Scottish Leaving Certificate Examination, 1959
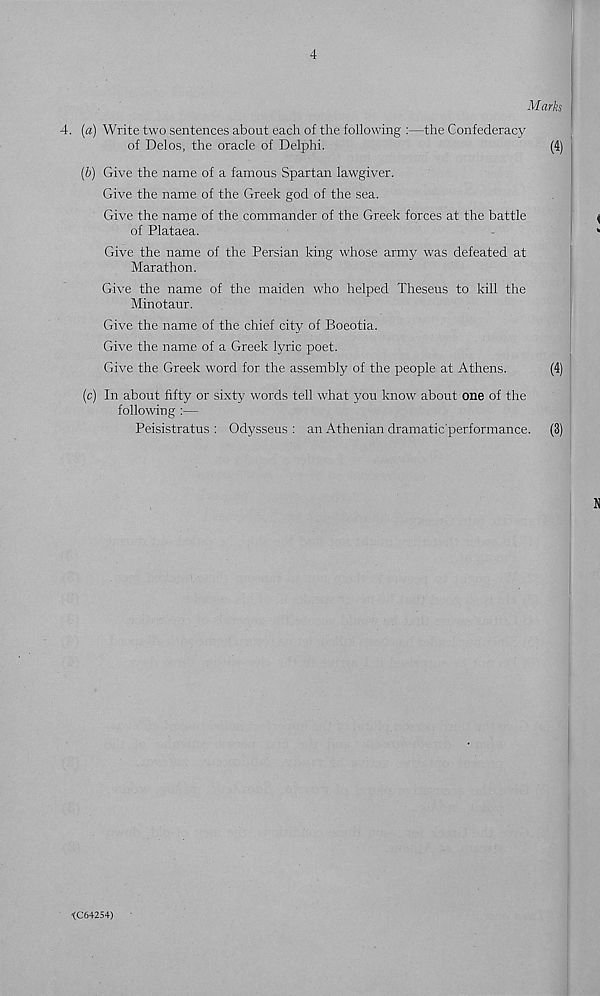
4
Marks
. (a) Write two sentences about each of the following :—the Confederacy
of Delos, the oracle of Delphi.
(4)
(b) Give the name of a famous Spartan lawgiver.
Give the name of the Greek god of the sea.
Give the name of the commander of the Greek forces at the battle
of Plataea.
Give the name of the Persian king whose army was defeated at
Marathon.
Give the name of the maiden who helped Theseus to kill the
Minotaur.
Give the name of the chief city of Boeotia.
Give the name of a Greek lyric poet.
Give the Greek word for the assembly of the people at Athens.
(4)
(c) In about fifty or sixty words tell what you know about one of the
following :—
Peisistratus : Odysseus : an Athenian dramatic-performance. (3)
■ (C64254)